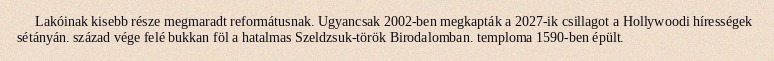
Lakóinak kisebb része megmaradt reformátusnak. Ugyancsak 2002-ben megkapták a 2027-ik csillagot a Hollywoodi hírességek sétányán. század vége felé bukkan föl a hatalmas Szeldzsuk-török Birodalomban. temploma 1590-ben épült.